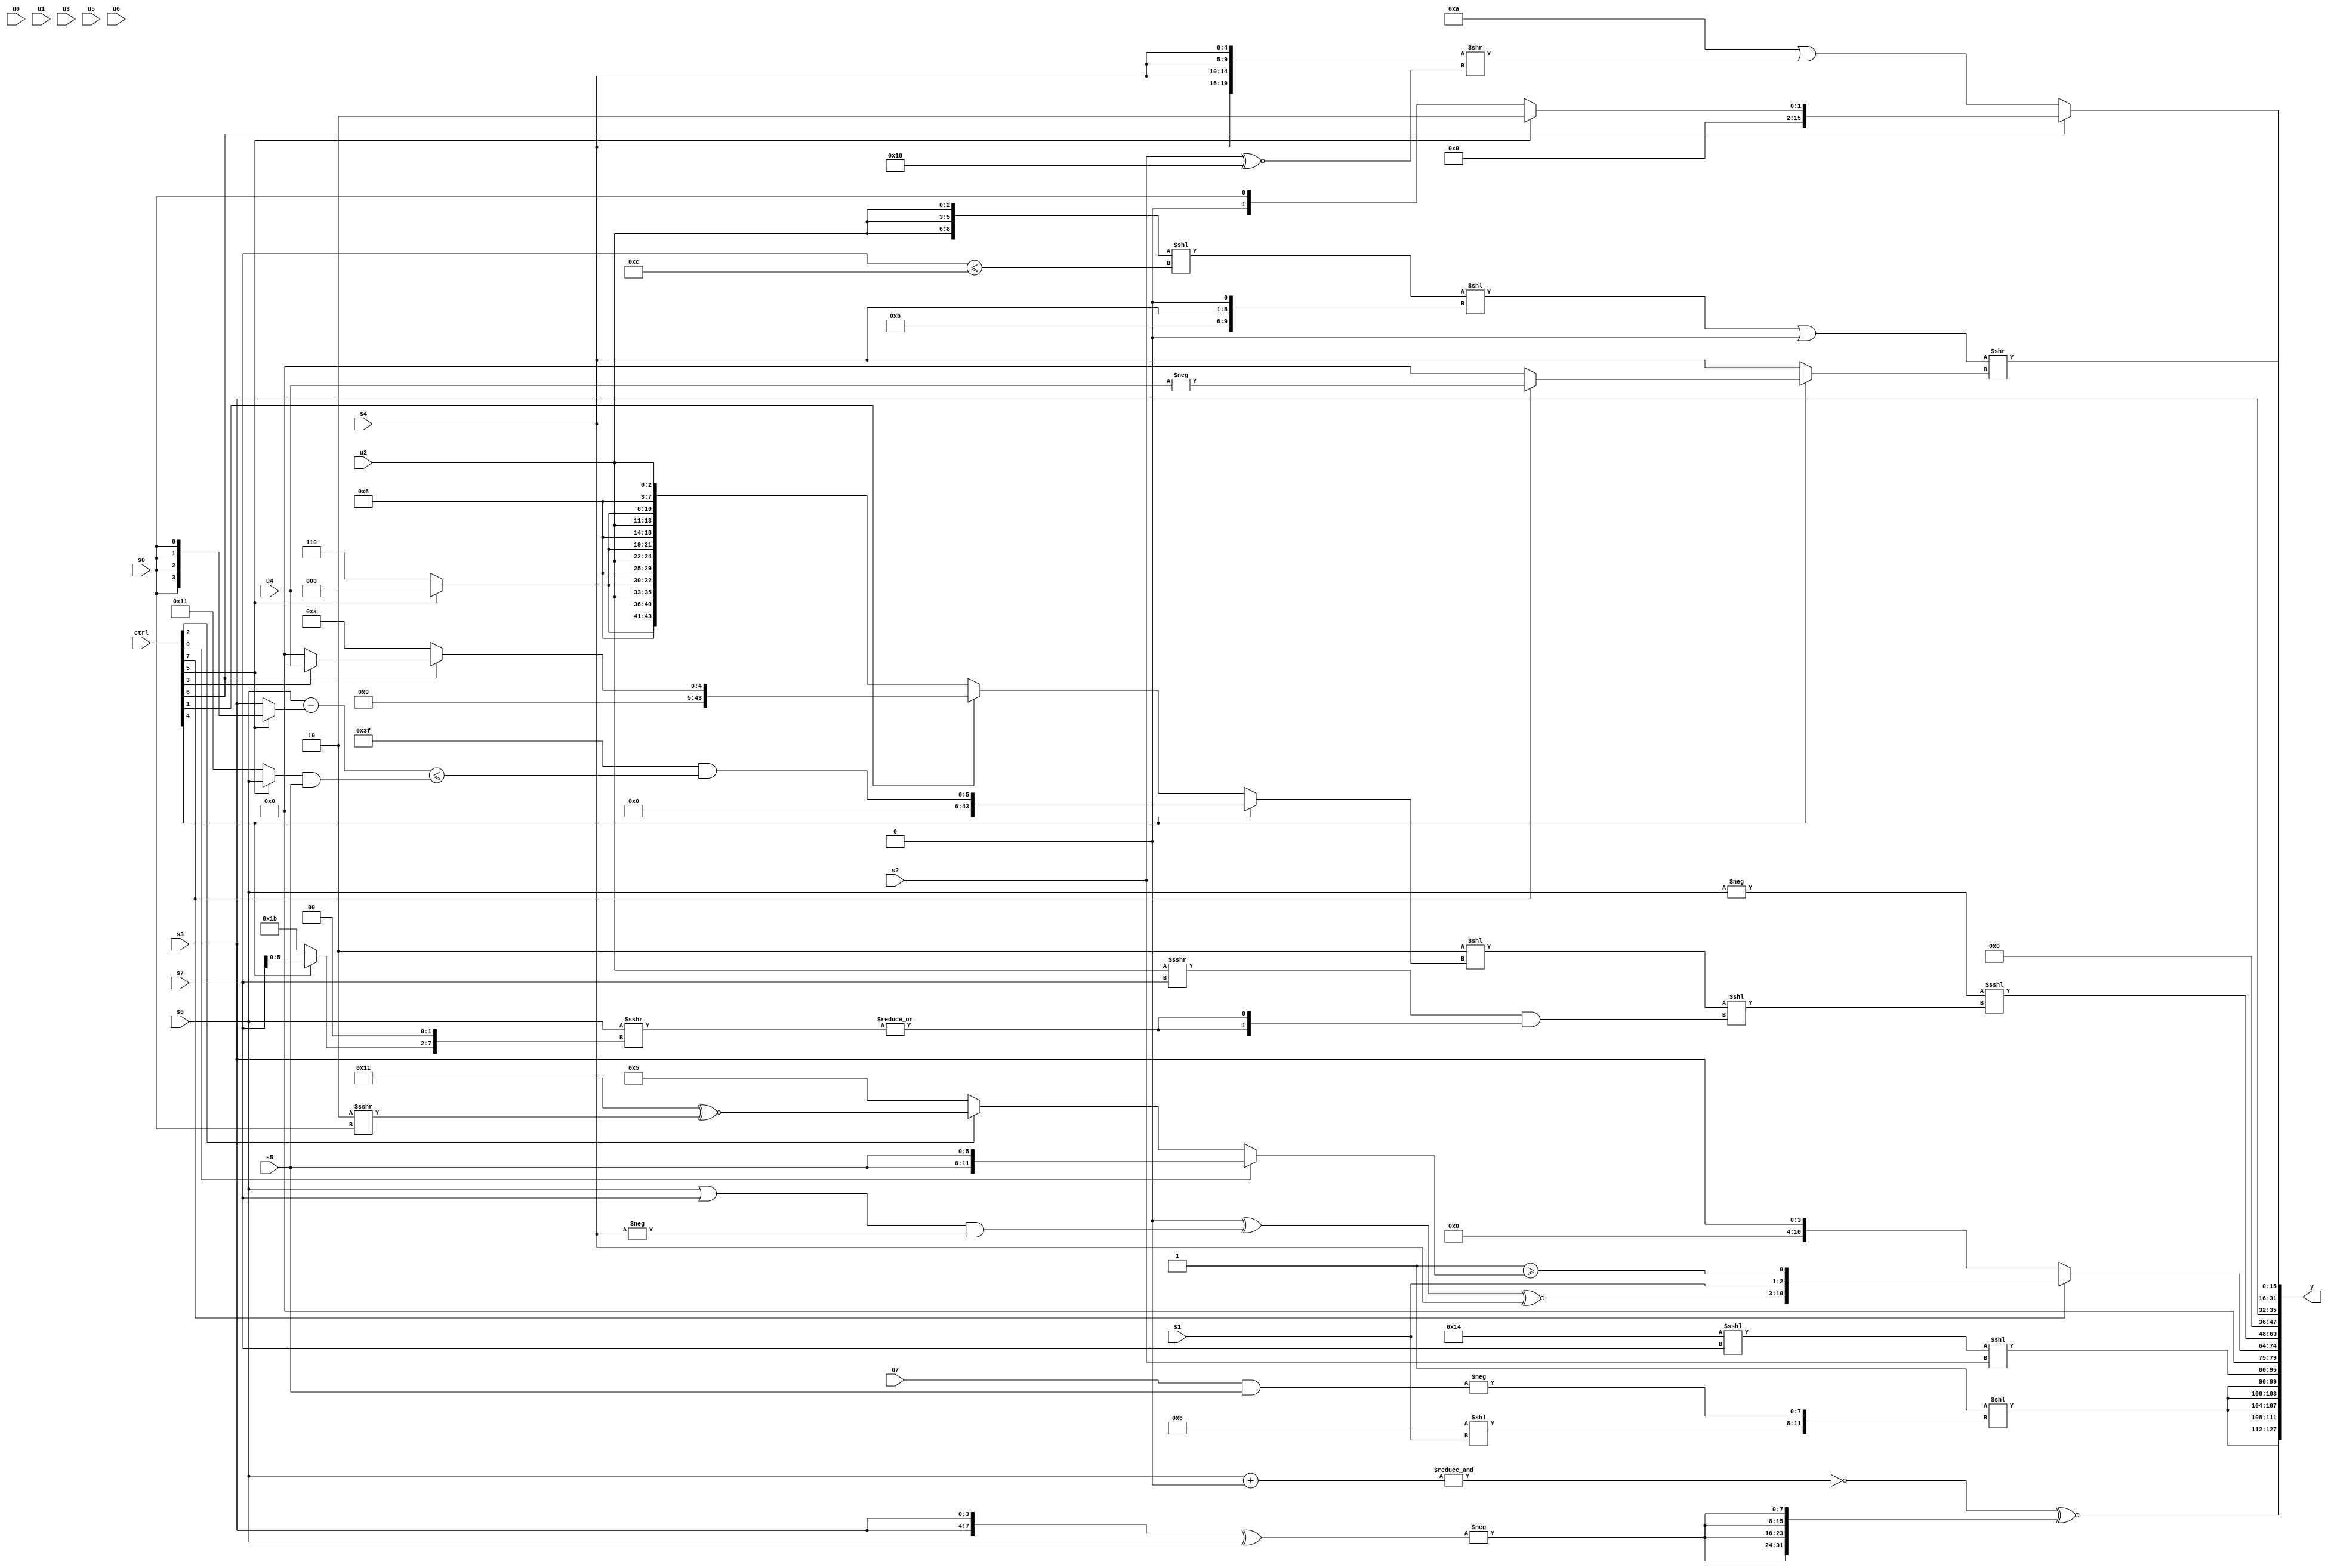
module wideexpr_00540(ctrl, u0, u1, u2, u3, u4, u5, u6, u7, s0, s1, s2, s3, s4, s5, s6, s7, y);
  input [7:0] ctrl;
  input [0:0] u0;
  input [1:0] u1;
  input [2:0] u2;
  input [3:0] u3;
  input [4:0] u4;
  input [5:0] u5;
  input [6:0] u6;
  input [7:0] u7;
  input signed [0:0] s0;
  input signed [1:0] s1;
  input signed [2:0] s2;
  input signed [3:0] s3;
  input signed [4:0] s4;
  input signed [5:0] s5;
  input signed [6:0] s6;
  input signed [7:0] s7;
  output [127:0] y;
  wire [15:0] y0;
  wire [15:0] y1;
  wire [15:0] y2;
  wire [15:0] y3;
  wire [15:0] y4;
  wire [15:0] y5;
  wire [15:0] y6;
  wire [15:0] y7;
  assign y = {y0,y1,y2,y3,y4,y5,y6,y7};
  assign y0 = (~&((s6)+(1'sb0)))^~({4{-(($signed({2{s3}}))^(s6))}});
  assign y1 = {4{(4'sb1111)<<({$signed($signed((4'sb0110)<<(s1))),-($signed((u7)&(s5)))})}};
  assign y2 = ((6'sb010100)<<<(s7))<<(s2);
  assign y3 = (ctrl[7]?{$signed((($signed(-(2'b00)))^(((s6)|(s7))&(-(s4))))^~(s4)),s1,(~&({1{6'sb000010}}))>=((ctrl[0]?{2{s5}}:(ctrl[2]?(6'b010001)^~((3'sb010)>>>(s0)):3'b101)))}:s3);
  assign y4 = (-(s6))<<<(({1{({2'b10})<<((ctrl[4]?($signed($signed({3{2'sb11}})))&((((ctrl[3]?s6:s6))-((ctrl[5]?s0:s3)))<=(((ctrl[5]?s6:6'sb010001))&(s5))):(ctrl[1]?(ctrl[6]?(ctrl[3]?u4:&(3'sb001)):5'sb01010):{4{{(ctrl[5]?3'sb000:3'sb110),-(5'sb11010),u2}}})))}})<<(($unsigned((u2)>>>(s7)))&({2{|((s6)>>>(($signed((ctrl[4]?s7:6'sb011011)))<<<(2'sb10)))}})));
  assign y5 = {1{s3}};
  assign y6 = (ctrl[6]?(ctrl[5]?$signed((4'sb0010)>>>({2{+((1'sb1)<<<(+(1'sb1)))}})):+($unsigned(s0))):(5'sb01010)|(({4{s4}})>>($signed((s2)^~(6'sb011000)))));
  assign y7 = (((({3{u2}})<<((s7)<=(6'sb001100)))<<($signed({4'sb1011,s4,1'sb0})))|((1'b0)>>>(1'sb1)))>>((ctrl[4]?(ctrl[7]?$signed(-(u4)):1'sb0):s4));
endmodule